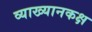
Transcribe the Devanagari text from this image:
व्याख्यानकक्ष